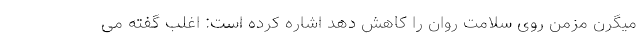
میگرن مزمن روی سلامت روان را کاهش دهد اشاره کرده است: اغلب گفته می